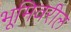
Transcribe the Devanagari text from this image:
भूमिवरील